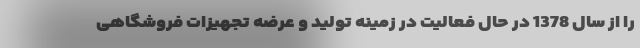
را از سال 1378 در حال فعالیت در زمینه تولید و عرضه تجهیزات فروشگاهی